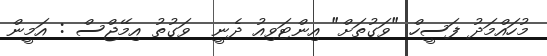
މުހައްމަދު ފަސީހް "ވަގުތަށް" އިންޓަވިއު ދެނީ  ވަގުތު އިމޭޖްސް : އަމީން